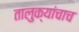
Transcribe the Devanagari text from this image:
तालुक्यांचाच